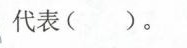
代表( )。